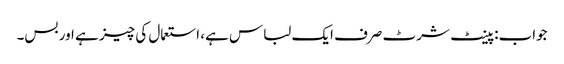
جواب: پینٹ شرٹ صرف ایک لباس ہے، استعمال کی چیز ہے اور بس۔